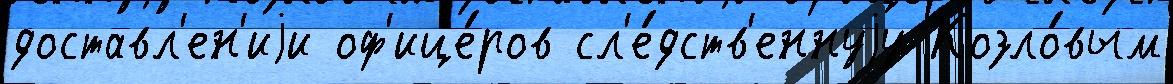
доставл'ен'иjи оф'ице́ров сл'е́дств'еннуjу Козло́вым